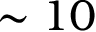
\sim 1 0